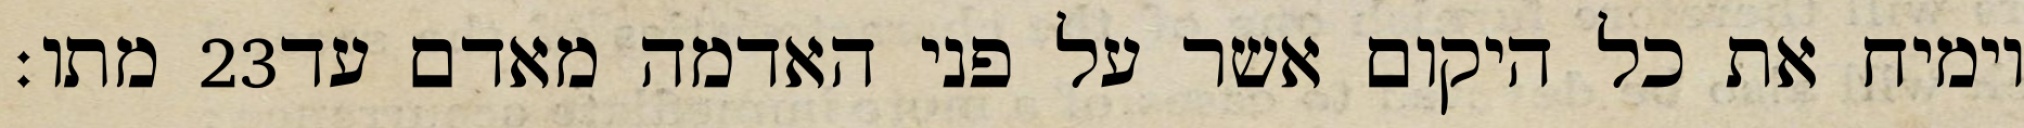
מתו׃ ‎23‏ וימיח את כל היקום אשר על פני האדמה מאדם עד